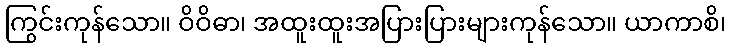
ကြွင်းကုန်သော။ ဝိဝိဓာ၊ အထူးထူးအပြားပြားများကုန်သော။ ယာကာစိ၊